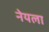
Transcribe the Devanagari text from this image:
नेयला